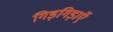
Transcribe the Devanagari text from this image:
गिड़गिड़ाएॅ